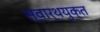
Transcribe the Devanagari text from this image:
स्वार्थयुक्त